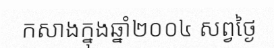
កសាងក្នុងឆ្នាំ២០០៤ សព្វថ្ងៃ